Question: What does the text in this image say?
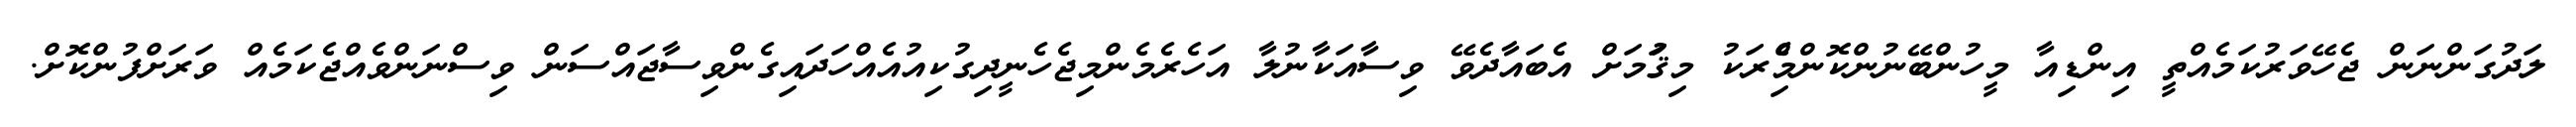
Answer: ލަދުގަންނަން ޖެހޭވަރުކަމެއްތީ އިންޑިއާ މީހުންބޭނުންކޮންމެްިރަކު މިޤަުމަށް އެބައާދެވޭ ވިސާއަކާނުލާ އަހެރެމެންމިޖެހެނީދިގުކިއުއެއްހަދައިގެންވިސާޖައްސަން ވިސްނަންވެއްޖެކަމެއް ވަރަށްފުންކޮށް.